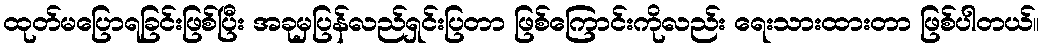
ထုတ်မပြောရခြင်းဖြစ်ပြီး အခုမှပြန်လည်ရှင်းပြတာ ဖြစ်ကြောင်းကိုလည်း ရေးသားထားတာ ဖြစ်ပါတယ်။